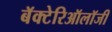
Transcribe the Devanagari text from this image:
बॅक्टेरिऑलॉजी